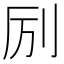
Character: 𫥵